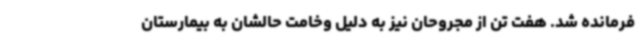
فرمانده شد. هفت تن از مجروحان نیز به دلیل وخامت حالشان به بیمارستان